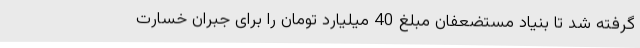
گرفته شد تا بنیاد مستضعفان مبلغ 40 میلیارد تومان را برای جبران خسارت